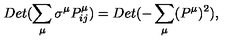
D e t ( \sum _ { \mu } \sigma ^ { \mu } P _ { i j } ^ { \mu } ) = D e t ( - \sum _ { \mu } ( P ^ { \mu } ) ^ { 2 } ) ,